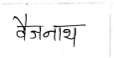
मजकूर: वैजनाथ